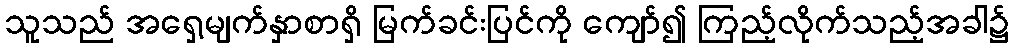
သူသည် အရှေ့မျက်နှာစာရှိ မြက်ခင်းပြင်ကို ကျော်၍ ကြည့်လိုက်သည့်အခါ၌